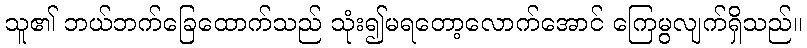
သူ၏ ဘယ်ဘက်ခြေထောက်သည် သုံး၍မရတော့လောက်အောင် ကြေမွလျက်ရှိသည်။